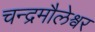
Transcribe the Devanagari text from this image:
चन्द्रमौलेश्वर